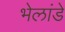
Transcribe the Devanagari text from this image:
भेलांडे